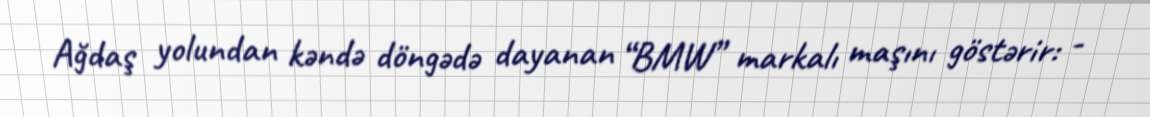
Ağdaş yolundan kəndə döngədə dayanan “BMW” markalı maşını göstərir: -